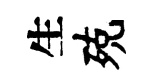
生殑